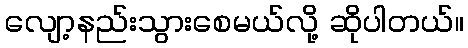
လျော့နည်းသွားစေမယ်လို့ ဆိုပါတယ်။